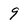
Character: 9